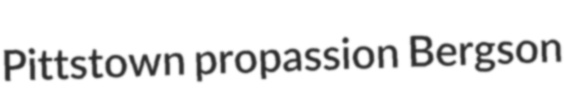
Pittstown propassion Bergson